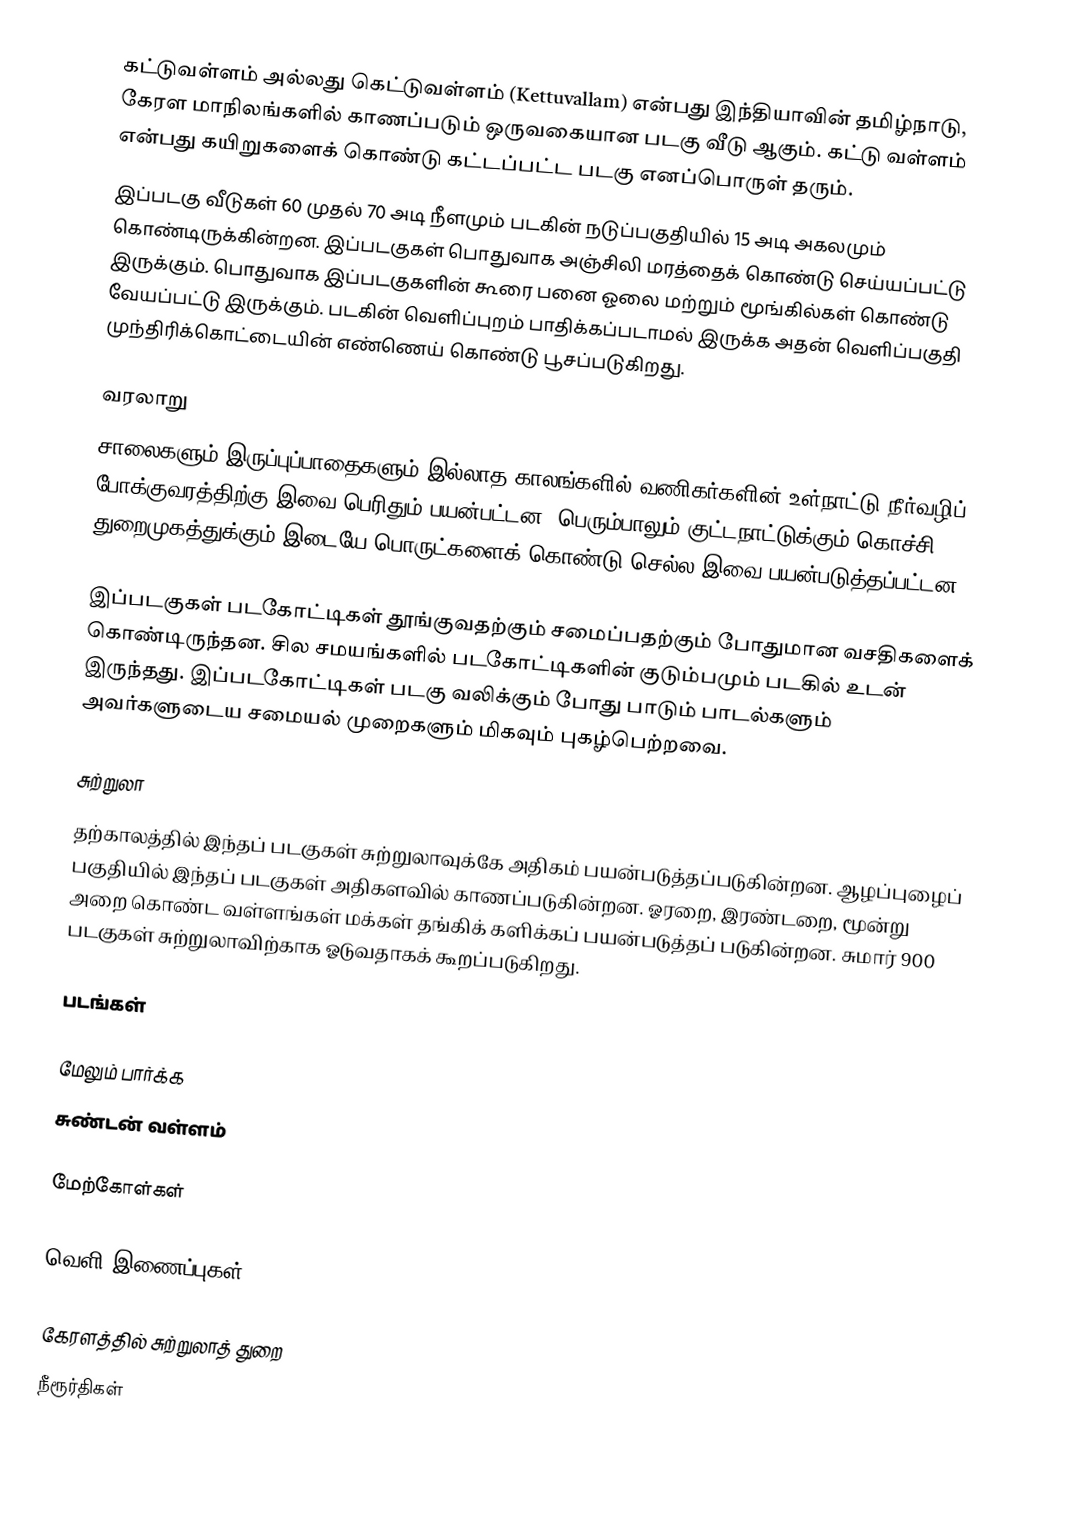
கட்டுவள்ளம் அல்லது கெட்டுவள்ளம் (Kettuvallam) என்பது இந்தியாவின் தமிழ்நாடு, கேரள  மாநிலங்களில் காணப்படும் ஒருவகையான படகு வீடு ஆகும். கட்டு வள்ளம் என்பது கயிறுகளைக் கொண்டு கட்டப்பட்ட படகு எனப்பொருள் தரும்.
இப்படகு வீடுகள் 60 முதல் 70 அடி நீளமும் படகின் நடுப்பகுதியில் 15 அடி அகலமும் கொண்டிருக்கின்றன. இப்படகுகள் பொதுவாக அஞ்சிலி மரத்தைக் கொண்டு செய்யப்பட்டு இருக்கும். பொதுவாக இப்படகுகளின் கூரை பனை ஓலை மற்றும் மூங்கில்கள் கொண்டு வேயப்பட்டு இருக்கும். படகின் வெளிப்புறம் பாதிக்கப்படாமல் இருக்க அதன் வெளிப்பகுதி முந்திரிக்கொட்டையின் எண்ணெய் கொண்டு பூசப்படுகிறது.

வரலாறு
சாலைகளும் இருப்புப்பாதைகளும் இல்லாத காலங்களில் வணிகர்களின் உள்நாட்டு நீர்வழிப் போக்குவரத்திற்கு இவை பெரிதும் பயன்பட்டன. பெரும்பாலும் குட்டநாட்டுக்கும் கொச்சி துறைமுகத்துக்கும் இடையே பொருட்களைக் கொண்டு செல்ல இவை பயன்படுத்தப்பட்டன.

இப்படகுகள் படகோட்டிகள் தூங்குவதற்கும் சமைப்பதற்கும் போதுமான வசதிகளைக் கொண்டிருந்தன. சில சமயங்களில் படகோட்டிகளின் குடும்பமும் படகில் உடன் இருந்தது. இப்படகோட்டிகள் படகு வலிக்கும் போது பாடும் பாடல்களும் அவர்களுடைய சமையல் முறைகளும் மிகவும் புகழ்பெற்றவை.

சுற்றுலா
தற்காலத்தில் இந்தப் படகுகள் சுற்றுலாவுக்கே அதிகம் பயன்படுத்தப்படுகின்றன. ஆழப்புழைப் பகுதியில் இந்தப் படகுகள் அதிகளவில் காணப்படுகின்றன. ஓரறை, இரண்டறை, மூன்று அறை கொண்ட வள்ளங்கள் மக்கள் தங்கிக் களிக்கப் பயன்படுத்தப் படுகின்றன. சுமார் 900 படகுகள் சுற்றுலாவிற்காக ஓடுவதாகக் கூறப்படுகிறது.

படங்கள்

மேலும் பார்க்க
 சுண்டன் வள்ளம்

மேற்கோள்கள்

வெளி இணைப்புகள்

கேரளத்தில் சுற்றுலாத் துறை
நீரூர்திகள்